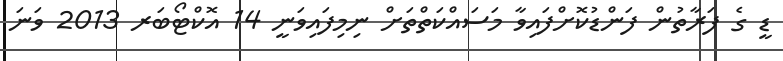
ޑީ ގެ ފަރާތުން ފަންޑުކޮށްފައިވާ މަސައްކަތްތަށް ނިމިފައިވަނީ 14 އޮކްޓޯބަރ 2013 ވަނަ